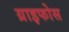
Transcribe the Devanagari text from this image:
ग्राइफोस